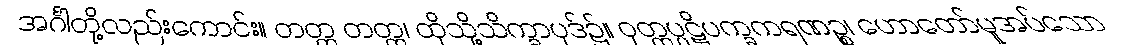
အင်္ဂါတို့လည်းကောင်း။ တတ္ထ တတ္ထ၊ ထိုသို့သိက္ခာပုဒ်၌။ ဝုတ္တပ္ပဋိပက္ခကရဏဉ္စ၊ ဟောတော်မူအပ်သော